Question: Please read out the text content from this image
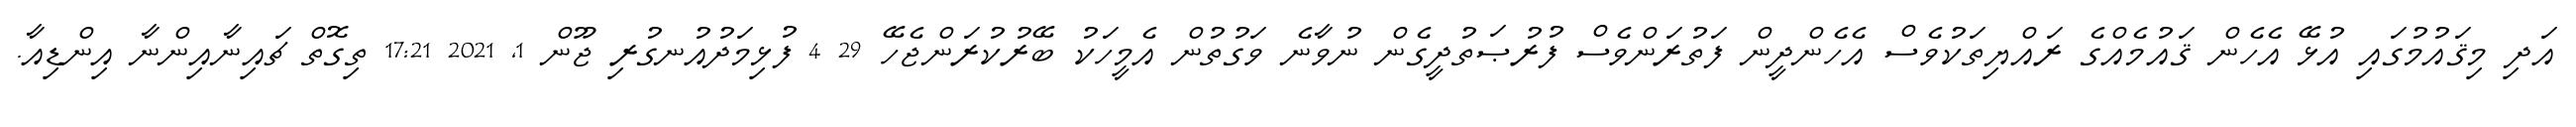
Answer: އަދި މިޤައުމުގައި އުޅޭ އެހެން ޤައުމެއްގެ ރައްޔިތަކުވެސް އެހެންދީން ފަތުރަންވެސް ފުރުޞަތުދީގެން ނުވާނެ ވަގުތުން އެމީހަކު ބޭރުކުރަންޖެހޭ 29 4 ފުޅިމަދުއުނގުރި ޖޫން 1, 2021 17:21 ތިގޮތް ޗައިނާއިންނާ އިންޑިއާ.